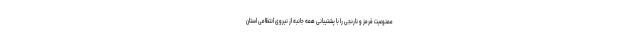
ممنوعیت قرمز و نارنجی را با پشتیبانی همه جانبه از نیروی انتظامی استان